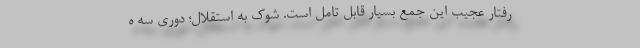
رفتار عجیب این جمع بسیار قابل تامل است. شوک به استقلال؛ دوری سه ه